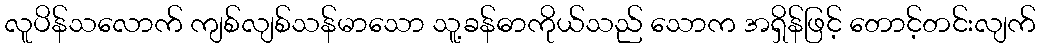
လူပိန်သလောက် ကျစ်လျစ်သန်မာသော သူ့ခန်ဓာကိုယ်သည် သောက အရှိန်ဖြင့် တောင့်တင်းလျက်